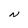
Character: N